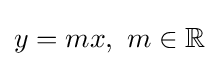
y=mx,\ m\in \mathbb {R}